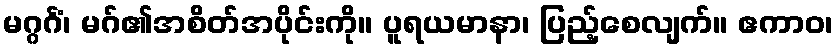
မဂ္ဂင်္ဂံ၊ မဂ်၏အစိတ်အပိုင်းကို။ ပူရယမာနာ၊ ပြည့်စေလျက်။ ဧကာဝ၊